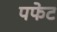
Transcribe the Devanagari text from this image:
पफेट